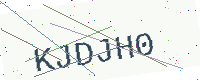
Text: KJDJH0